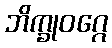
ဘိက္ခုဝဂ္ဂေ